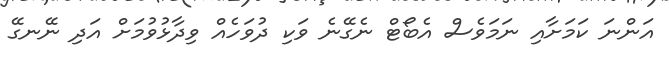
އަންނަ ކަމަށާއި ނަމަވެސް އެބޯޓް ނެގޭނެ ވަކި ދުވަހެއް ވިދާޅުވުމަށް އަދި ނޭނގޭ